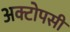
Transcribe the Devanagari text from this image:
अक्टोपसी